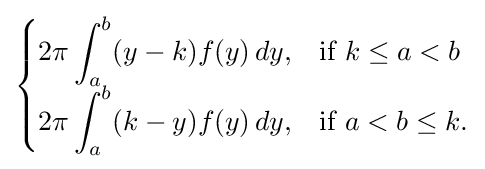
{\begin{cases}\displaystyle 2\pi \int _{a}^{b}(y-k)f(y)\,dy,&{\text{if}}\ k\leq a<b\\\displaystyle 2\pi \int _{a}^{b}(k-y)f(y)\,dy,&{\text{if}}\ a<b\leq k.\end{cases}}